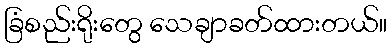
ခြံစည်းရိုးတွေ သေချာခတ်ထားတယ်။